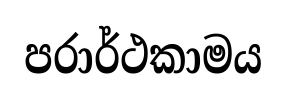
පරාර්ථකාමය